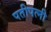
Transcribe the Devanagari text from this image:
पतीपत्नी